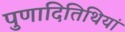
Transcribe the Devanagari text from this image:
पुणादितिथियां